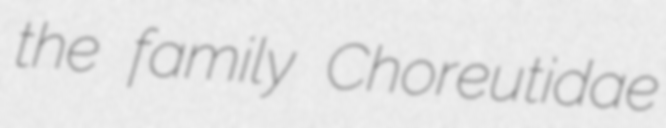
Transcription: the family Choreutidae